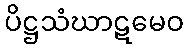
ပိဋ္ဌသံဃာဋမေဝ